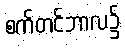
စက်တင်ဘာလ၌